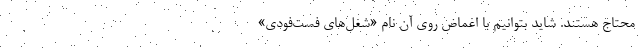
محتاج هستند. شاید بتوانیم با اغماض روی آن نام «شغل‌های فست‌فودی»